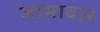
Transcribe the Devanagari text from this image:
जामावार